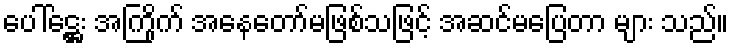
ပေါ်ဋ္ဌေး အကြိုက် အနေတော်မဖြစ်သဖြင့် အဆင်မပြေတာ များ သည်။